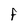
Character: f